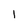
Character: 1